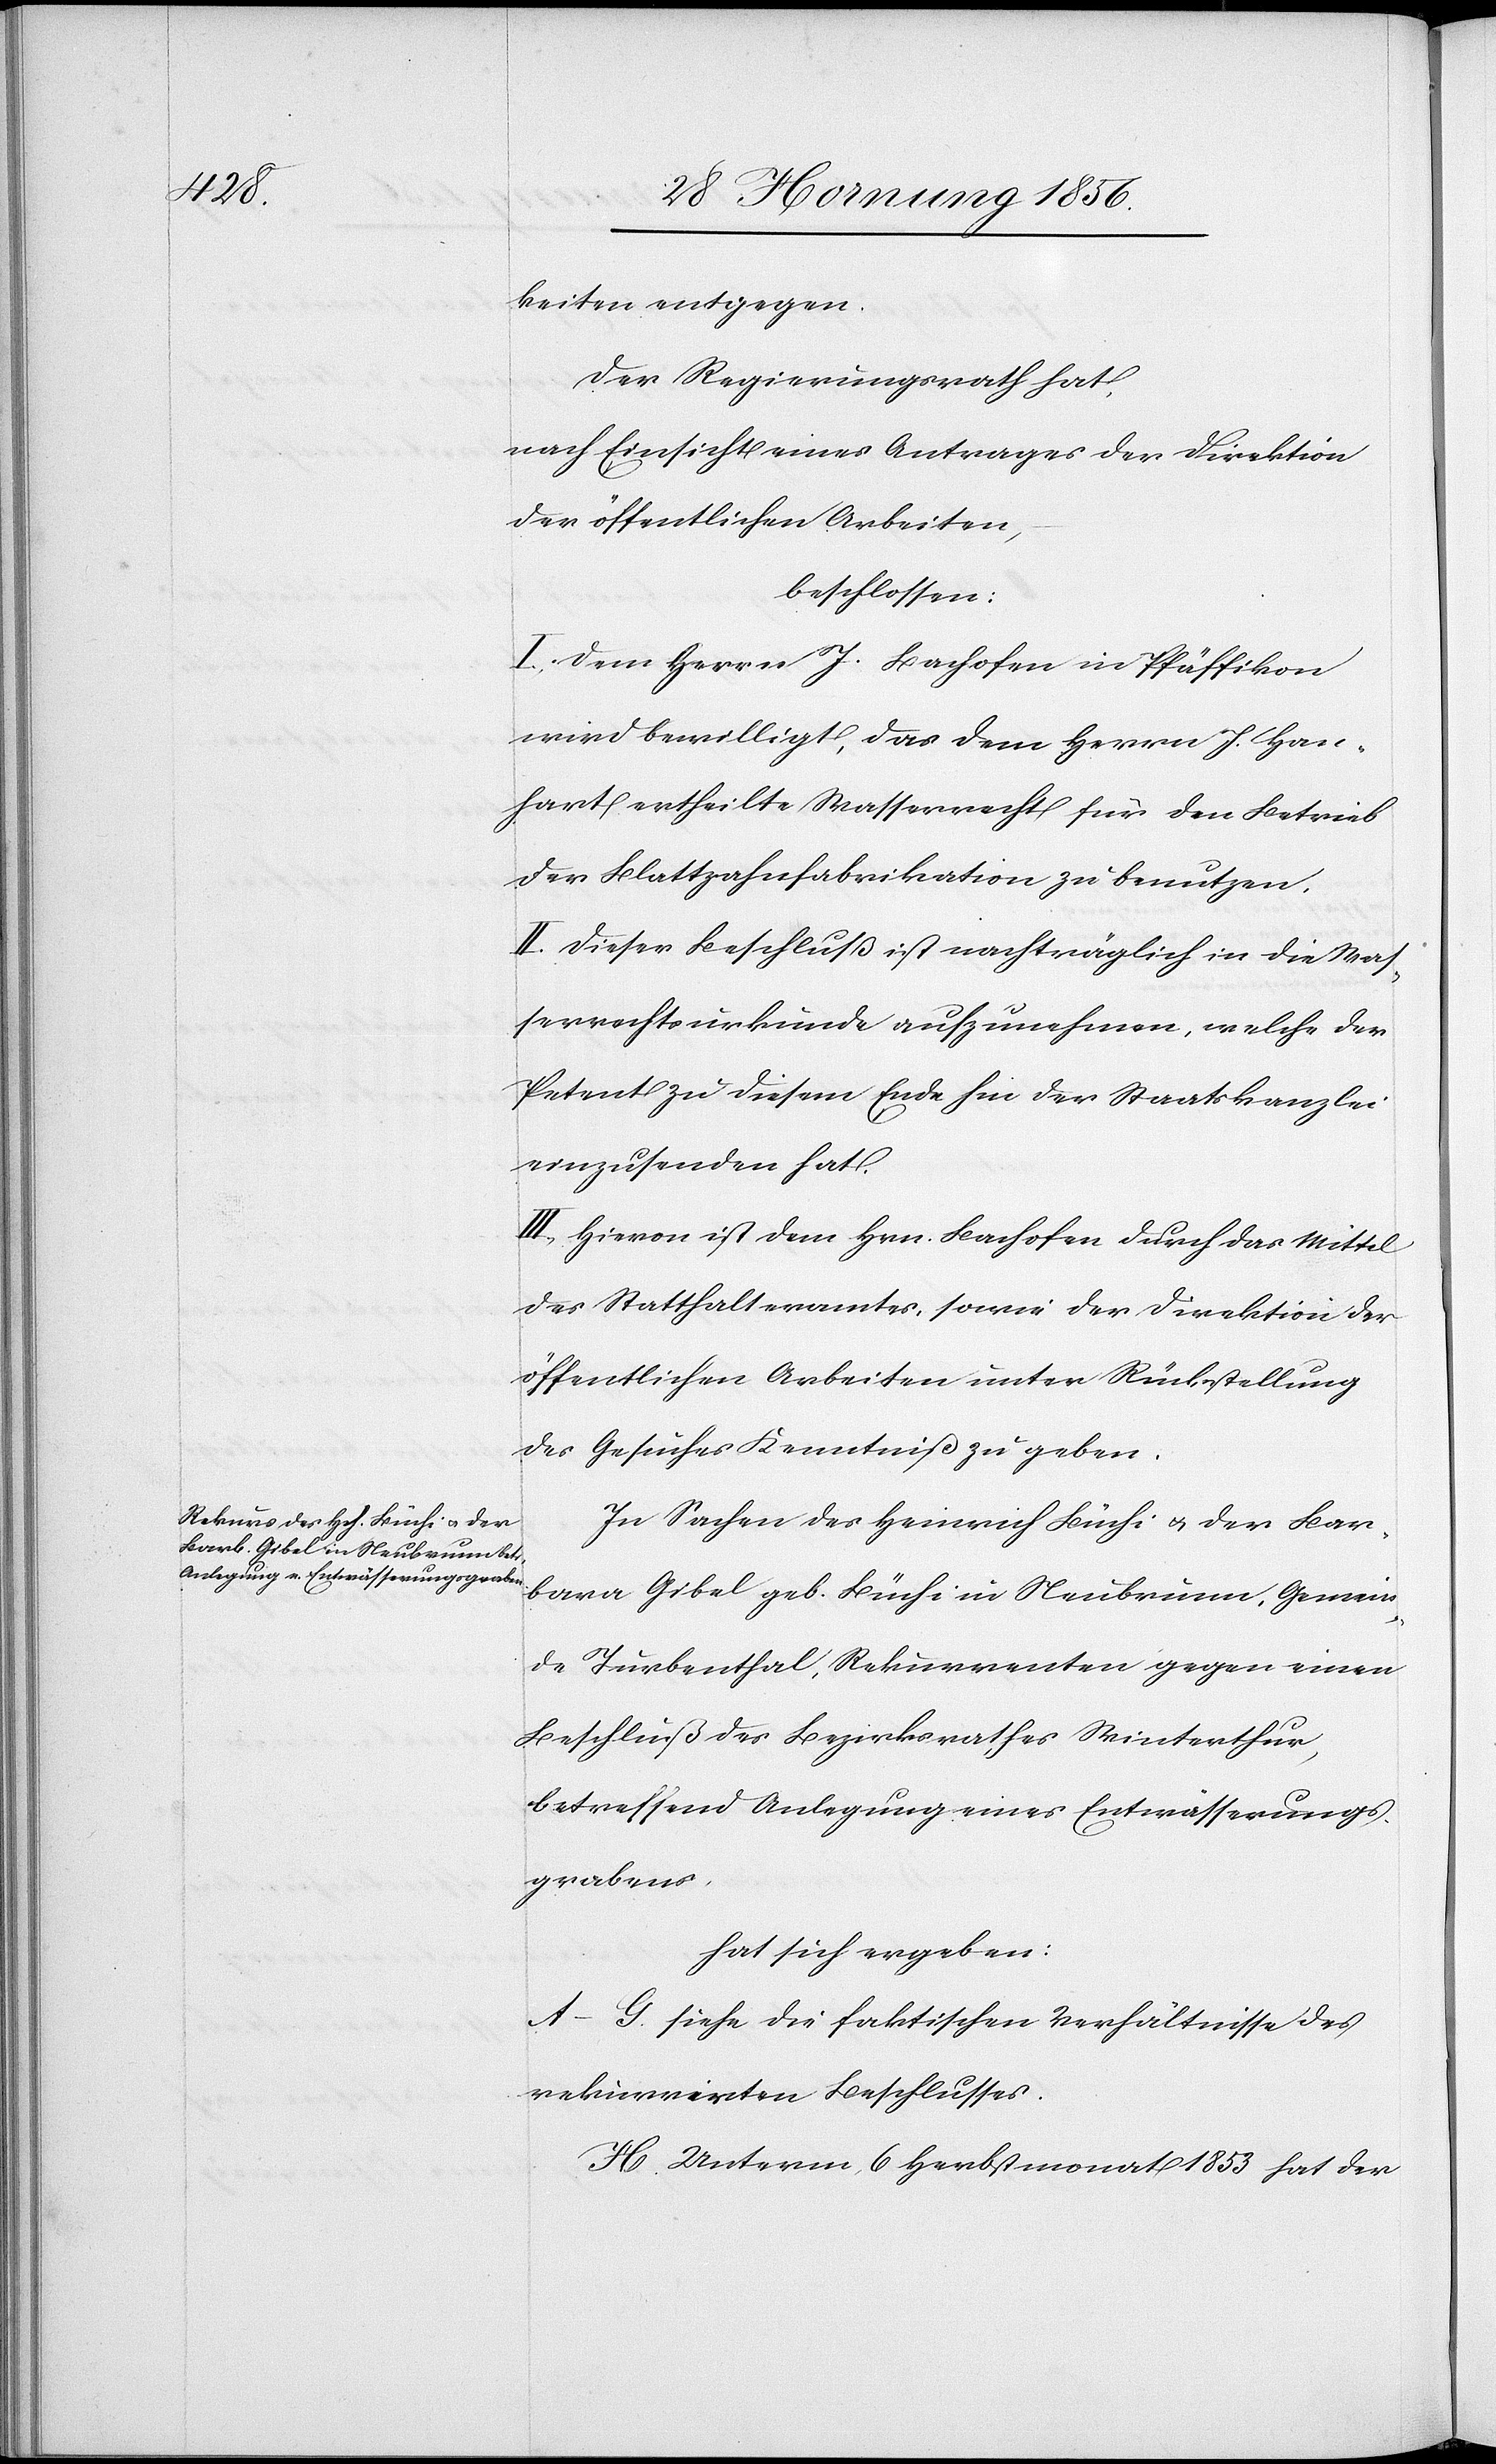
keiten entgegen.
Der Regierungsrath hat,
nach Einsicht eines Antrages der Direktion
der öffentlichen Arbeiten,
beschlossen:
I. Dem Herrn J. Bachofen in Pfäffikon
wird bewilligt, das dem Herrn J. Han¬
hart ertheilte Wasserrecht für den Betrieb
der Blattzahnfabrikation zu benutzen.
II. Dieser Beschluß ist nachträglich in die Was¬
serrechtsurkunde aufzunehmen, welche der
Petent zu diesem Ende hin der Staatskanzlei
einzusenden hat.
III. Hievon ist dem Hrn. Bachofen durch das Mittel
des Statthalteramtes, sowie der Direktion der
öffentlichen Arbeiten unter Rückstellung
des Gesuches Kenntniß zu geben.
In Sachen des Heinrich Büchi u. der Bar¬
bara Gibel geb. Büchi in Neubrunn, Gemein¬
de Turbenthal, Rekurrenten gegen einen
Beschluß des Bezirksrath Winterthur,
betreffend Anlegung eines Entwässerungs¬
grabens,
hat sich ergeben:
A–G. siehe die faktischen Verhältnisse des
rekurrirten Beschlusses.
H. Unterm 6 Herbstmonat 1853 hat der